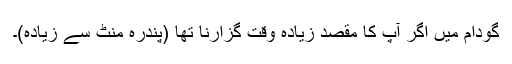
گودام میں اگر آپ کا مقصد زیادہ وقت گزارنا تھا (پندرہ منٹ سے زیادہ)۔